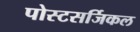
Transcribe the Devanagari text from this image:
पोस्टसर्जिकल